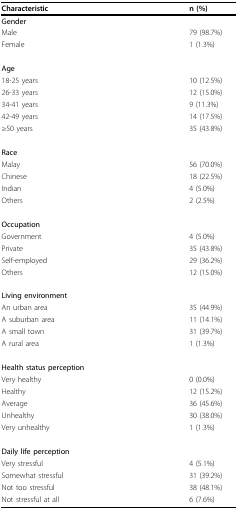
<table><thead><tr><td><b>Characteristic</b></td><td><b>n (%)</b></td></tr></thead><tbody><tr><td><i><b>Gender</b></i></td><td></td></tr><tr><td>Male</td><td>79 (98.7%)</td></tr><tr><td>Female</td><td>1 (1.3%)</td></tr><tr><td><i><b>Age</b></i></td><td></td></tr><tr><td>18-25 years</td><td>10 (12.5%)</td></tr><tr><td>26-33 years</td><td>12 (15.0%)</td></tr><tr><td>34-41 years</td><td>9 (11.3%)</td></tr><tr><td>42-49 years</td><td>14 (17.5%)</td></tr><tr><td>≥50 years</td><td>35 (43.8%)</td></tr><tr><td><i><b>Race</b></i></td><td></td></tr><tr><td>Malay</td><td>56 (70.0%)</td></tr><tr><td>Chinese</td><td>18 (22.5%)</td></tr><tr><td>Indian</td><td>4 (5.0%)</td></tr><tr><td>Others</td><td>2 (2.5%)</td></tr><tr><td><i><b>Occupation</b></i></td><td></td></tr><tr><td>Government</td><td>4 (5.0%)</td></tr><tr><td>Private</td><td>35 (43.8%)</td></tr><tr><td>Self-employed</td><td>29 (36.2%)</td></tr><tr><td>Others</td><td>12 (15.0%)</td></tr><tr><td><i><b>Living environment</b></i></td><td></td></tr><tr><td>An urban area</td><td>35 (44.9%)</td></tr><tr><td>A suburban area</td><td>11 (14.1%)</td></tr><tr><td>A small town</td><td>31 (39.7%)</td></tr><tr><td>A rural area</td><td>1 (1.3%)</td></tr><tr><td><i><b>Health status perception</b></i></td><td></td></tr><tr><td>Very healthy</td><td>0 (0.0%)</td></tr><tr><td>Healthy</td><td>12 (15.2%)</td></tr><tr><td>Average</td><td>36 (45.6%)</td></tr><tr><td>Unhealthy</td><td>30 (38.0%)</td></tr><tr><td>Very unhealthy</td><td>1 (1.3%)</td></tr><tr><td><i><b>Daily life perception</b></i></td><td></td></tr><tr><td>Very stressful</td><td>4 (5.1%)</td></tr><tr><td>Somewhat stressful</td><td>31 (39.2%)</td></tr><tr><td>Not too stressful</td><td>38 (48.1%)</td></tr><tr><td>Not stressful at all</td><td>6 (7.6%)</td></tr></tbody></table>